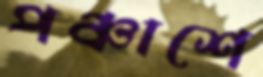
পঞ্চাশে